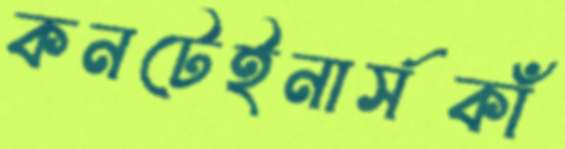
কনটেইনার্সকাঁ